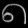
Digit: ၈